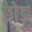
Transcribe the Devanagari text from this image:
छोड़ू